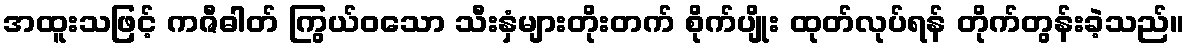
အထူးသဖြင့် ကဇီဓါတ် ကြွယ်ဝသော သီးနှံများတိုးတက် စိုက်ပျိုး ထုတ်လုပ်ရန် တိုက်တွန်းခဲ့သည်။